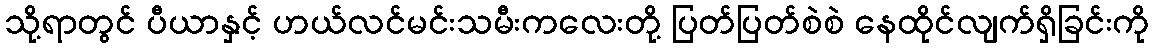
သို့ရာတွင် ပီယာနှင့် ဟယ်လင်မင်းသမီးကလေးတို့ ပြတ်ပြတ်စဲစဲ နေထိုင်လျက်ရှိခြင်းကို